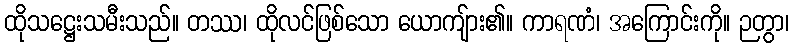
ထိုသဋ္ဌေးသမီးသည်။ တဿ၊ ထိုလင်ဖြစ်သော ယောကျ်ား၏။ ကာရဏံ၊ အကြောင်းကို။ ဉတွာ၊